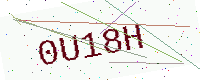
Text: 0U18H